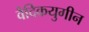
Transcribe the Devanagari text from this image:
वैदिकयुगीन